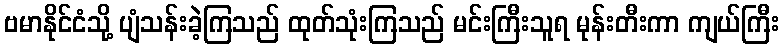
ဗမာနိုင်ငံသို့ ပျံသန်းခဲ့ကြသည် ထုတ်သုံးကြသည် မင်းကြီးသူရ မုန်းတီးကာ ကျယ်ကြီး